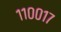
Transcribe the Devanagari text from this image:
११००१७